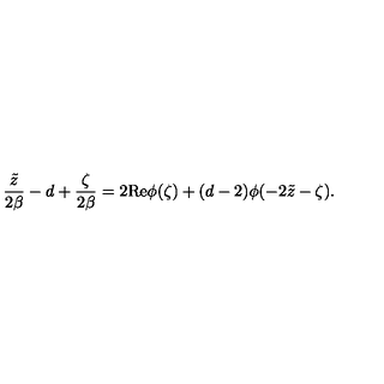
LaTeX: { \frac { \tilde { z } } { 2 \beta } } - d + { \frac { \zeta } { 2 \beta } } = 2 \mathrm { R e } \phi ( \zeta ) + ( d - 2 ) \phi ( - 2 \tilde { z } - \zeta ) .